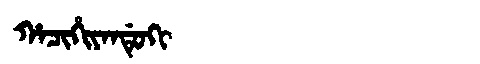
Manchu: ᡥᠠᠴᡳᡥᡳᠶᠠᠨᡩᡠᡴᡳ
Romanization: HACIHIYANDUKI